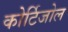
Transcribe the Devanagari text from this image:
कोर्टिजोल